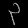
Digit: ၃